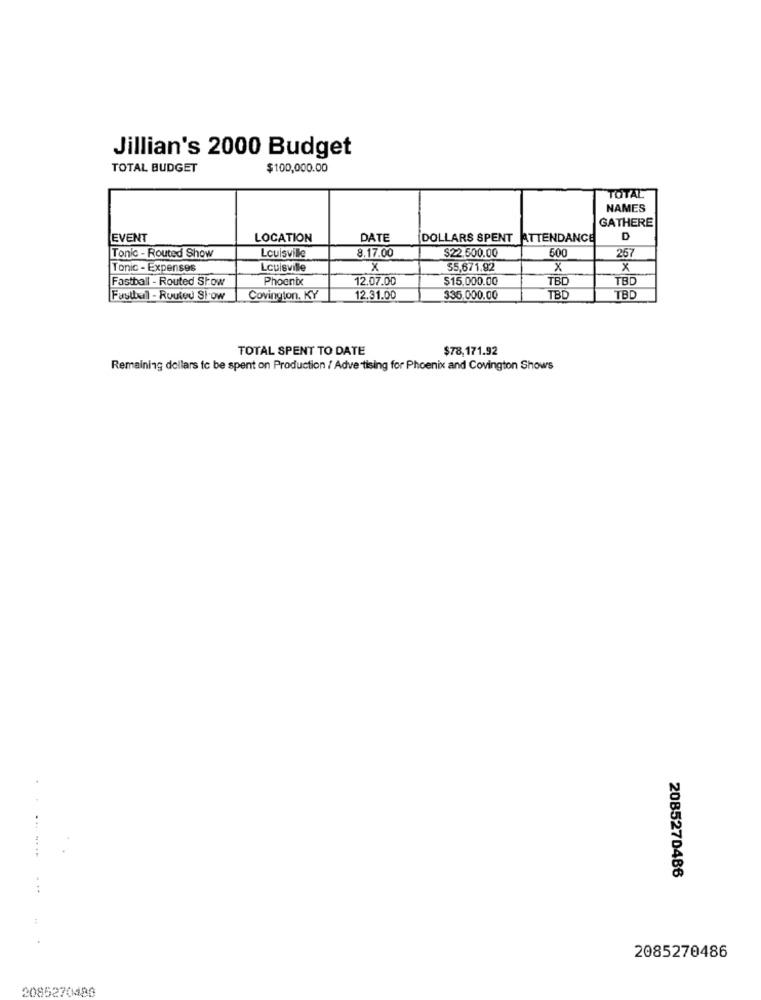
Jillian's 2000 Budget
TOTAL BUDGET
$100,000.00
TOTAL
NAMES
GATHERE
EVENT
LOCATION
DATE
DOLLARS SPENT ATTENDANCE
D
$22.500.00
500
Tonic - Routed Show
Louisville
8.17.00
267
Tonic - Expenses
Louisville
x
55,671.92
x
x
Fastball - Routed Show
Phoenix
12.07.00
$15,000.00
TBD
TBD
Fastbul - Routed Slow
Covington, KY
12.31.00
335,000.00
TBD
TBD
TOTAL SPENT TO DATE
$78,171.92
Remaining dollars fc be spent on Production / Advertising for Phoenix and Covington Shows
2085270486
2085270486
2085270480